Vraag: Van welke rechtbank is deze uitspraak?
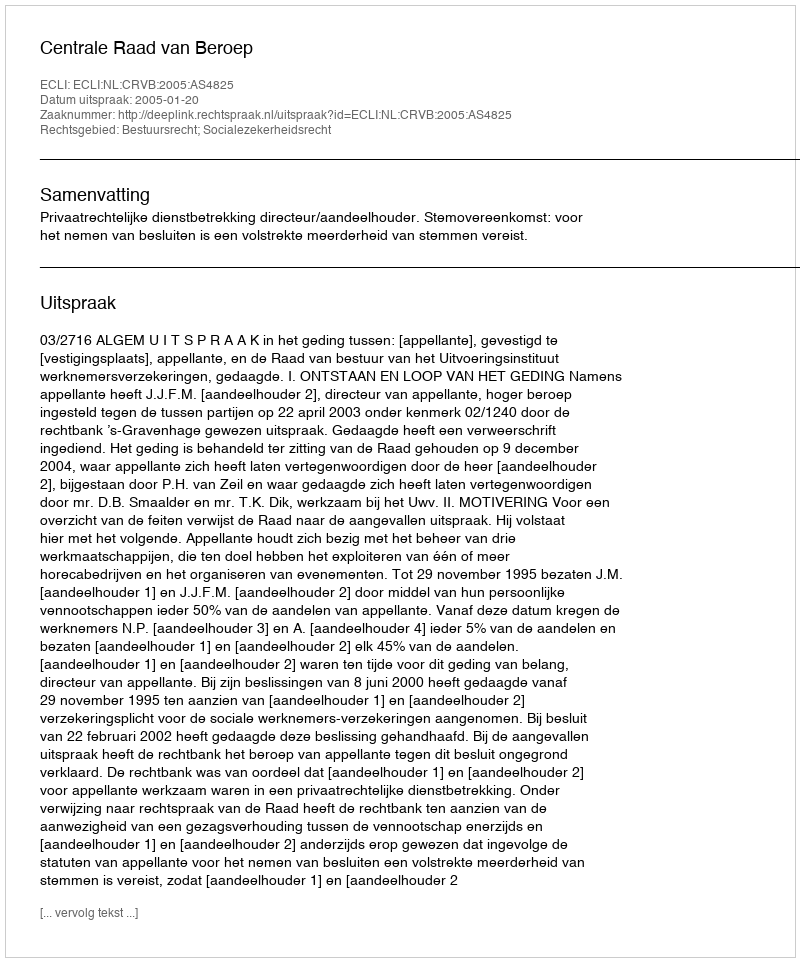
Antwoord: Centrale Raad van Beroep